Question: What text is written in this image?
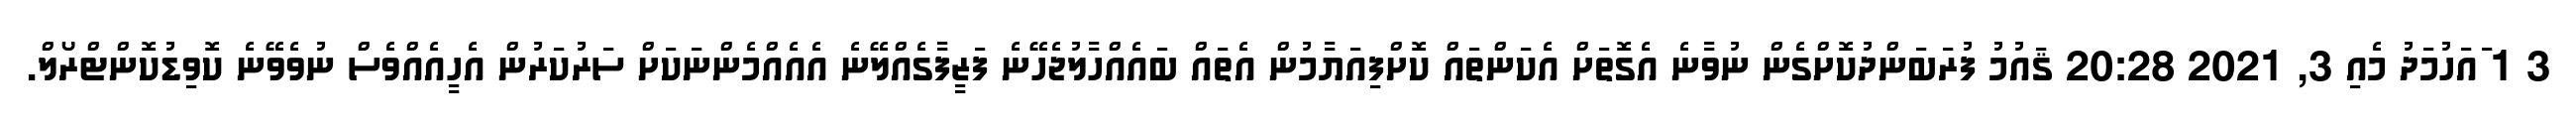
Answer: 3 1 ައަހުމަދު މެއި 3, 2021 20:28 ޤައުމު ފުރަބަންދުކޮށްގެން ނުވާނެ އެގޮތަށް އެކަންތައް ކޮށްފިއަޔާމުން އެތައް ބައެއްހާލުޖެހޭނެ ފަޒީފާގެއްލޭނެ އެއެއްމެންނަކަށް ސަރުކަރުން އެހީއެއްވެސް ނުވެވޭނެ ކޮވިޑުކޮންޓްރޯލް.